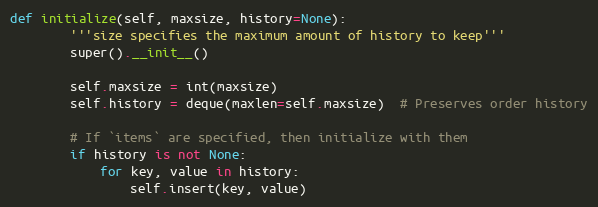
Language: Python
def initialize(self, maxsize, history=None):
        '''size specifies the maximum amount of history to keep'''
        super().__init__()

        self.maxsize = int(maxsize)
        self.history = deque(maxlen=self.maxsize)  # Preserves order history

        # If `items` are specified, then initialize with them
        if history is not None:
            for key, value in history:
                self.insert(key, value)